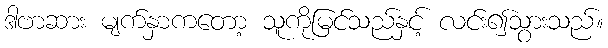
ဒါဗာဆား မျက်နှာကတော့ သူကိုမြင်သည်နှင့် လင်း၍သွားသည်။